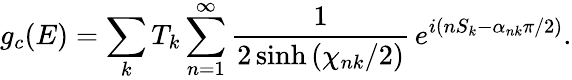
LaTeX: g_{c}(E)=\sum_{k}T_{k}\sum_{n=1}^{\infty}{\frac{1}{2\sinh{(\chi_{nk}/2)}}}\, e^{i(nS_{k}-\alpha_{nk}\pi/2)}.